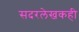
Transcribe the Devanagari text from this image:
सदरलेखकही